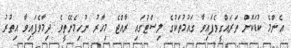
އެންމެ ކުޑަކޮށް ތަރައްގީވެފައިވާ ގައުމުތަކުގެ ލިސްޓުގައި ރާއްޖެ މިހާރު ނުހިމެނޭތީވެ ދިމާވެފައިވާ އިތުރު